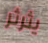
يثرثر